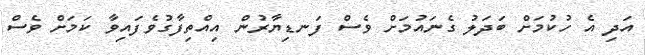
އަދި އެ ހުކުމަށް ބަދަލު ގެނައުމަށް ވެސް ފަނޑިޔާރުން އިއްތިފާގުވެފައިވާ ކަމަށް ވެސް